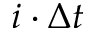
i \cdot \Delta t